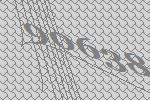
90638